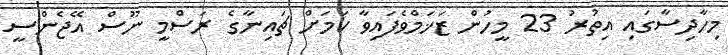
މިހާދިސާގައި އިތުރު 23 މީހުން ޒަޚަމްވެފައިވާ ކަމަށް ޗައިނާގެ ރަސްމީ ނޫސް އޭޖެންސީ